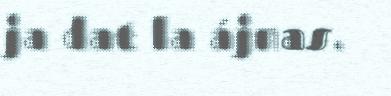
ja dat la ájnas.